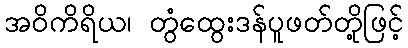
အဝိကိရိယ၊ တွံထွေးဒန်ပူဖတ်တို့ဖြင့်